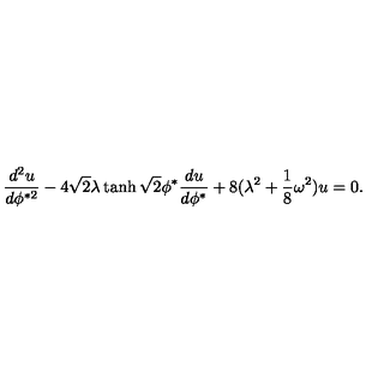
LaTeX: { \frac { d ^ { 2 } u } { d \phi ^ { * 2 } } } - 4 \sqrt { 2 } \lambda \tanh \sqrt { 2 } \phi ^ { * } { \frac { d u } { d \phi ^ { * } } } + 8 ( \lambda ^ { 2 } + { \frac { 1 } { 8 } } \omega ^ { 2 } ) u = 0 .